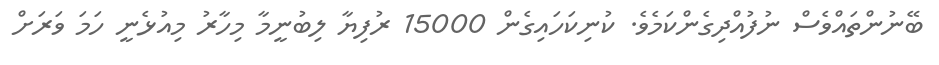
ބޭނުންތައްވެސް ނުފުއްދިގެންކަމެވެ. ކުނިކަހައިގެން 15000 ރުފިޔާ ލިބުނީމާ މިހާރު މިއުޅެނީ ހަމަ ވަަރަށް